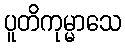
ပူတိကုမ္မာသေ